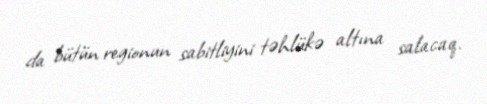
da bütün regionun sabitliyini təhlükə altına salacaq.